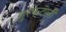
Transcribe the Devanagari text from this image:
गुरफटली